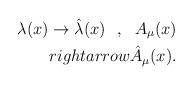
LaTeX: \begin{align*}\lambda (x)\rightarrow \hat \lambda (x)~~,~~A_\mu (x)\\rightarrow \hat A_\mu (x).\end{align*}